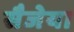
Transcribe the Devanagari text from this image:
सैजेया